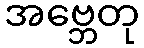
အဗ္ဘေတု